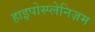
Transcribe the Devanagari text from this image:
हाइपोस्प्लेनिज़म